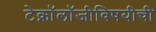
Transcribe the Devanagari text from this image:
टेक्नॉलॉजीविषयीची